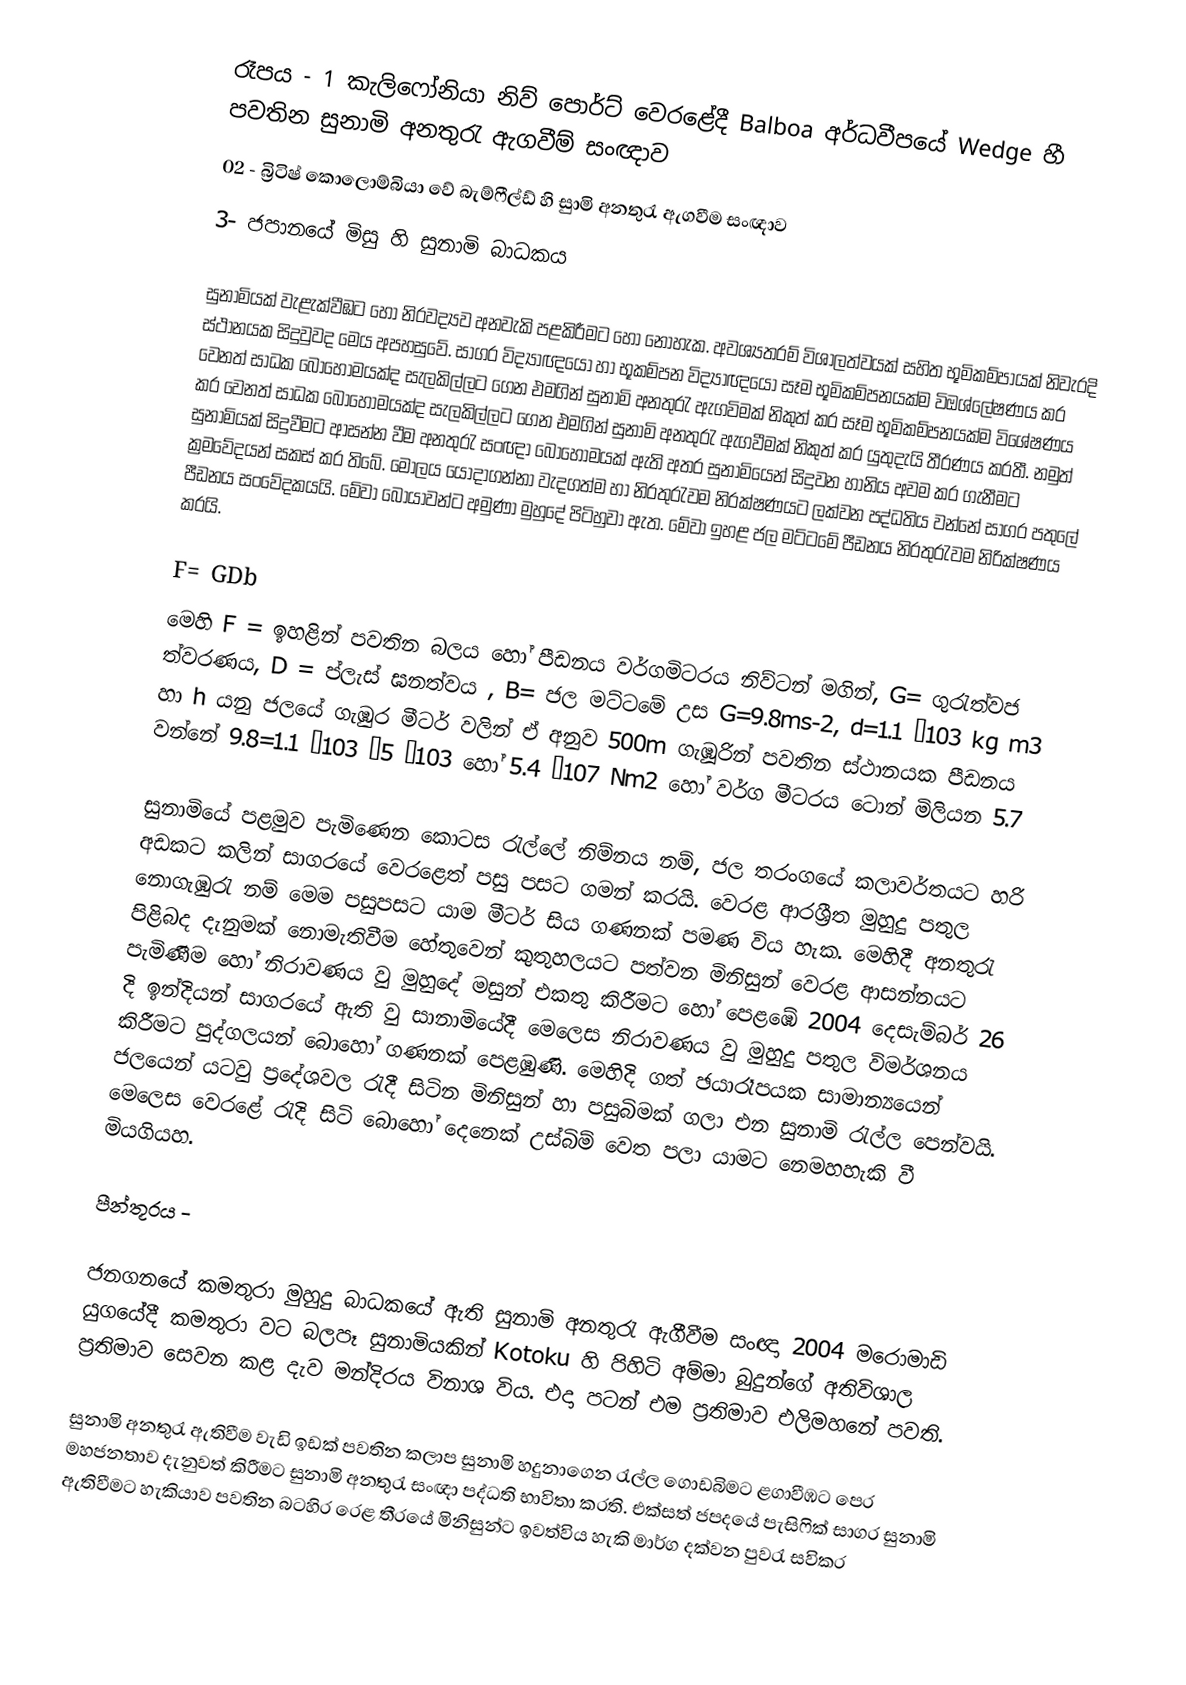
රෑපය - 1 කැලි‍ෆෝනියා නිව් පොර්ට් වෙරළේදී Balboa අර්ධවීපයේ Wedge හී පවතින සුනාමි අනතුරැ ඇගවීම් සංඥාව
02 - බ්‍රිටිෂ් කොලොම්බියා වේ බැම්ෆීල්ඩ් හි සුාමි අනතුරැ ඇගවීම සංඥාව
3- ජපානයේ මිසු හි සුනාමි බාධකය

	සුනාමියක් වැළැක්වීඹට හෝ නිරවද්‍යව අනවැකි පළකිරීමට හෝ නොහැක. අවශ්‍යතරම් විශාලත්වයක් සහිත භූමිකම්පායක් නිවැරදි ස්ථානයක සිදුවුවද මෙය අපහසුවේ. සාගර විද්‍යාඥයෝ හා භූකම්පන විද්‍යාඥයෝ සෑම භූමිකම්පනයක්ම විඔශ්ලේෂණය කර වෙනත් සාධක බොහොමයක්ද සැලකිල්ලට ගෙන එමගින් සුනාමි අනතුරැ ඇගවිමක් නිකුත් කර  සෑම භූමිකම්පනයක්ම විශේෂණය කර වෙනත් සාධක බොහෝමයක්ද සැලකිල්ලට ගෙන එමගින් සුනාමි අනතුරැ ඇගවීමක් නිකුත් කර යුතුදැයි තීරණය කරතී. නමුත් සුනාමියක් සිදුවීමට ආසන්න වීම අනතුරැ සංඥා බොහෝමයක් ඇති අතර සුනාමියෙන් සිදුවන හානිය අවම කර ගැනීමට ක්‍රමවේදයන් සකස් කර ති‍බේ. මොලය යොදාගන්නා වැදගත්ම හා නිරතුරැවම නිරක්ෂණයට ලක්වන පද්ධතිය වන්නේ සාගර පතුලේ පීඩනය සංවේදකයයි. මේවා බෝයාවන්ට අමුණා මුහුදේ පිටිහුවා ඇත. මේවා ඉහළ ජල මට්ටමේ පීඩනය නිරතුරැවම නිරික්ෂණය කරයි.

F= GDb
මෙහි F = ඉහළින් පවතින බලය හෝ පීඩනය වර්ගමිටරය නිව්ටන් මගින්,   G= ගුරැත්වජ ත්වරණය, D = ප්ලැස් ඝනත්වය , B= ජල මට්ටමේ උස G=9.8ms-2, d=1.1 103 kg m3 හා  h  යනු ජලයේ ගැඹුර මීටර් වලින් ඒ අනුව 500m ගැඹූරින් පවතින ස්ථානයක පීඩනය වන්නේ  9.8=1.1 103 5 103  හෝ 5.4 107 Nm2 හෝ වර්ග මීටරය ටොන් මිලියන 5.7

	සුනාමියේ පළමුව පැමිණෙන කොටස රැල්ලේ නිම්නය නම්, ජල තරංගයේ කලාවර්තයට හරි අඩකට කලින් සාගරයේ වෙ‍රළෙත් පසු පසට ගමන් කරයි. වෙරළ ආරශ්‍රීත මුහුදු පතුල නොගැඹුරැ නම් මෙම පසුපසට යාම මීටර් සිය ගණනක් පමණ විය හැක. මෙහිදී අනතුරැ පිළිබද දැනුමක් නොමැතිවීම හේතුවෙන් කුතුහලයට පත්වන මිනිසුන් වෙරළ ආසන්නයට පැමිණීම හෝ නිරාවණය වු මුහුදේ මසුන් එකතු කිරීමට හෝ පෙළඹේ 2004 දෙසැම්බර් 26 දි ඉන්දියන් සාගරයේ ඇති වු සානාමියේදී මෙලෙස නිරාවණය වු මුහුදු පතුල විමර්ශනය කිරීමට පුද්ගලයන් බොහෝ ගණනක් පෙළඹුණි. මෙහිදි ගත් ඡයාරෑපයක සාමාන්‍යයෙන් ජලයෙන් යටවු ප්‍රදේශවල රැදී සිටින මිනිසුන් හා පසුබිමක් ගලා එන සුනාමි රැල්ල පෙන්වයි. මෙලෙස වෙරළේ රැදි සිටි බොහෝ දෙනෙක් උස්බිම් වෙත පලා යාමට නෙමහහැකි වී මියගියහ.

පීන්තූරය -

ජනගනයේ කමතුරා මුහුදු බාධකයේ ඇති සුනාමි අනතුරැ ඇගීවීම සංඥා 2004 මරොමාඩි යුගයේදී කමතුරා වට බලපෑ සුනාමියකින් Kotoku හි පිහිටි අම්මා බුදුන්ගේ අතිවිශාල ප්‍රතිමාව සෙවන කළ දැව මන්දිරය විනාශ විය. එදා පටන් එම ප්‍රතිමාව එලිමහනේ පවති.

සුනාමි අනතුරැ ඇතිවීම වැඩි ඉඩක් පවතින කලාප සුනාමි හදුනාගෙන රැල්ල ගොඩබිම‍ට ළගාවීඹට පෙර මහජනතාව දැනුවත් කිරීමට සුනාමි අනතුරැ සංඥා පද්ධති භාවිතා කරති. එක්සත් ජපදයේ පැසිෆික් සාගර සුනාමි ඇතිවීමට හැකියාව පවතින බටහිර රෙළ තීරයේ මිනිසුන්ට ඉවත්විය හැකි මාර්ග දක්වන පුවරැ සවිකර